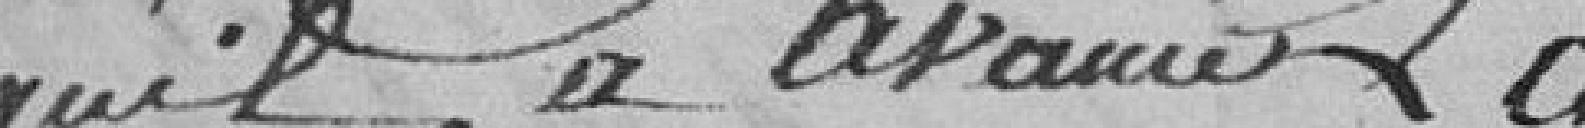
qu'il a avancé